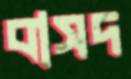
বাসদ